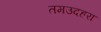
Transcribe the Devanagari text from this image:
तमउदहरा